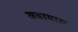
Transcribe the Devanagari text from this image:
अडामारु